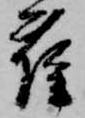
雀